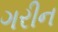
ગરીન